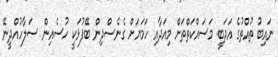
ނައިބު ތުއްތުގެ އަދަބީ މަސައްކަތްތަށް މިއަދާއި ހަމަޔަށް ގެނެސްދިން ބޭފުޅަކީ ހުސެއިން ސަލާހުއްދީނޭ